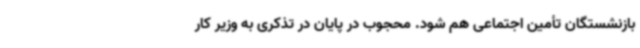
بازنشستگان تأمین اجتماعی هم شود. محجوب در پایان در تذکری به وزیر کار